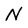
Character: N